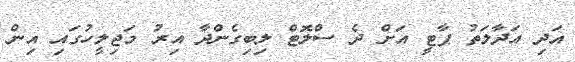
އަދި އަދާލަތު ޕާޓީ އަށް ދެ ސްލޮޓް ލިބިގެންދާ އިރު މަޖިލީހުގައި އިން